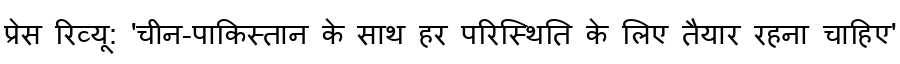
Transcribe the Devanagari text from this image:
प्रेस रिव्यू: 'चीन-पाकिस्तान के साथ हर परिस्थिति के लिए तैयार रहना चाहिए'